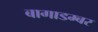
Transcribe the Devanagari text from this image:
बागाडम्बर